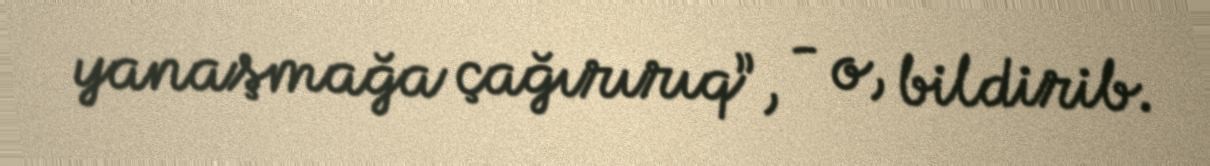
yanaşmağa çağırırıq”, - o, bildirib.